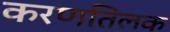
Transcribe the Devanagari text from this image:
करणतिलक